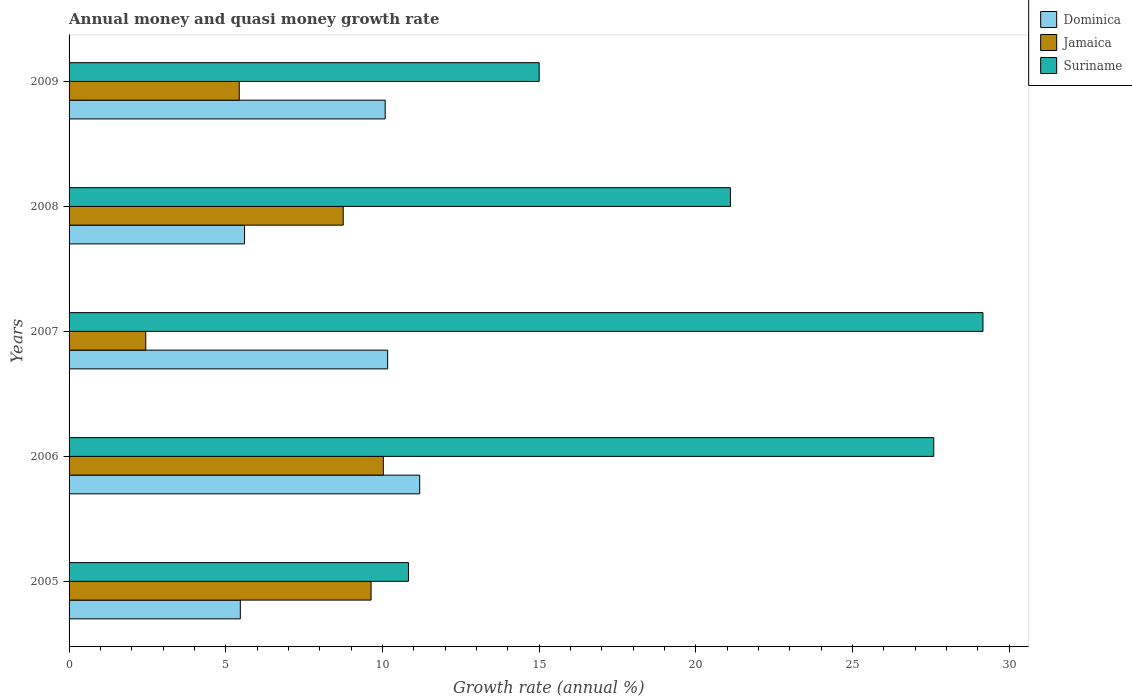
| Years | Dominica | Jamaica | Suriname |
 | --- | --- | --- | --- |
 | 2005 | 5.47 | 9.64 | 10.8 |
 | 2006 | 11.2 | 10 | 27.6 |
 | 2007 | 10.2 | 2.45 | 29.2 |
 | 2008 | 5.6 | 8.75 | 21.1 |
 | 2009 | 10.1 | 5.43 | 15 |